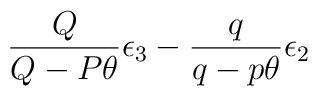
\frac{Q}{Q-P\theta}\epsilon_3- \frac{q}{q-p\theta}\epsilon_2